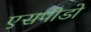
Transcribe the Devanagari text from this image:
एसपीडो